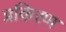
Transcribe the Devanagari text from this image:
प्रकिरण